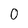
Character: 0